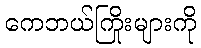
ကေဘယ်ကြိုးများကို